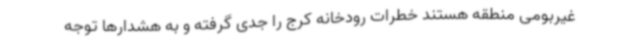
غیربومی منطقه هستند خطرات رودخانه کرج را جدی گرفته و به هشدارها توجه